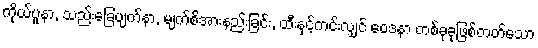
ကိုယ်ပူနာ, သည်းခြေပျက်နာ, မျက်စိအားနည်းခြင်း, ထီးနှင့်ကင်းလျှင် ဝေဒနာ တစ်ခုခုဖြစ်တတ်သော